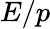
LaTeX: E/p